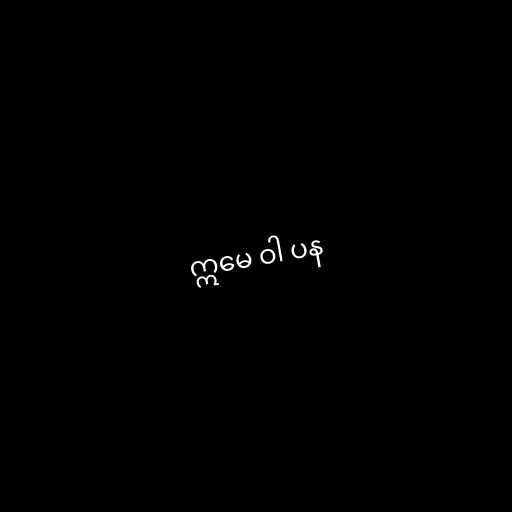
ဣမေ ဝါ ပန